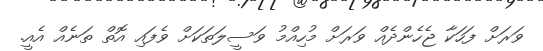
ވަރަށް ފަހަކާ ޖެހެންދެއް ވަރަށް މުހިއްމު ވަސީލަތަކަށް ވެފައި އޮތް ތަނެއް އެއީ.